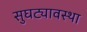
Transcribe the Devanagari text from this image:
सुघट्यावस्था